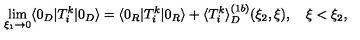
\lim _ { \xi _ { 1 } \rightarrow 0 } \langle 0 _ { D } | T _ { i } ^ { k } | 0 _ { D } \rangle = \langle 0 _ { R } | T _ { i } ^ { k } | 0 _ { R } \rangle + \langle T _ { i } ^ { k } \rangle _ { D } ^ { ( 1 b ) } ( \xi _ { 2 } , \xi ) , \quad \xi < \xi _ { 2 } ,